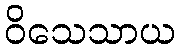
ဝိသေသာယ